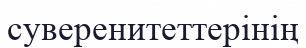
суверенитеттерінің